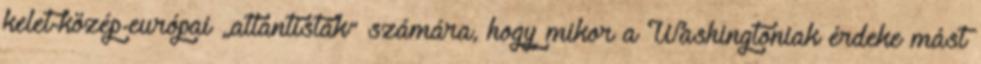
kelet-közép-európai „atlantisták” számára, hogy mikor a Washingtoniak érdeke mást